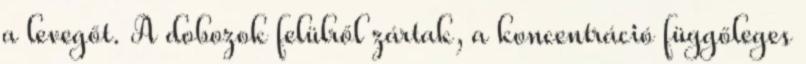
a levegőt. A dobozok felülről zártak, a koncentráció függőleges